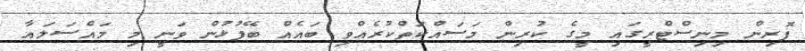
ފޮރިން މިނިސްޓްރީގައި މީގެ ކުރިން މަސައްކަތްކުރެއްވި ބައެއް ބޭފުޅުން ވަނީ މި މައްސަލައާ